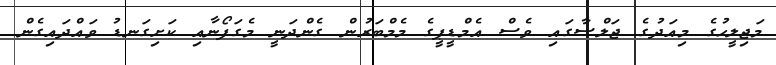
މަޖިލީހުގެ މިއަދުގެ ޖަލްސާގައި ވެސް އެމްޑީޕީގެ މެމްބަރުން ގެންދަނީ މެގަފޯނާއި ކަށިގަނޑު ވައްދައިގެން